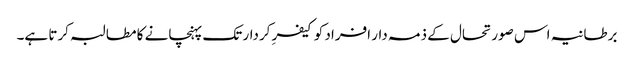
برطانیہ اس صورتحال کے ذمہ دار افراد کو کیفرِ کردار تک پہنچانے کا مطالبہ کرتا ہے۔